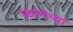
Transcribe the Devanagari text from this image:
स्थानंच्या